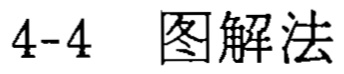
4-4  图解法